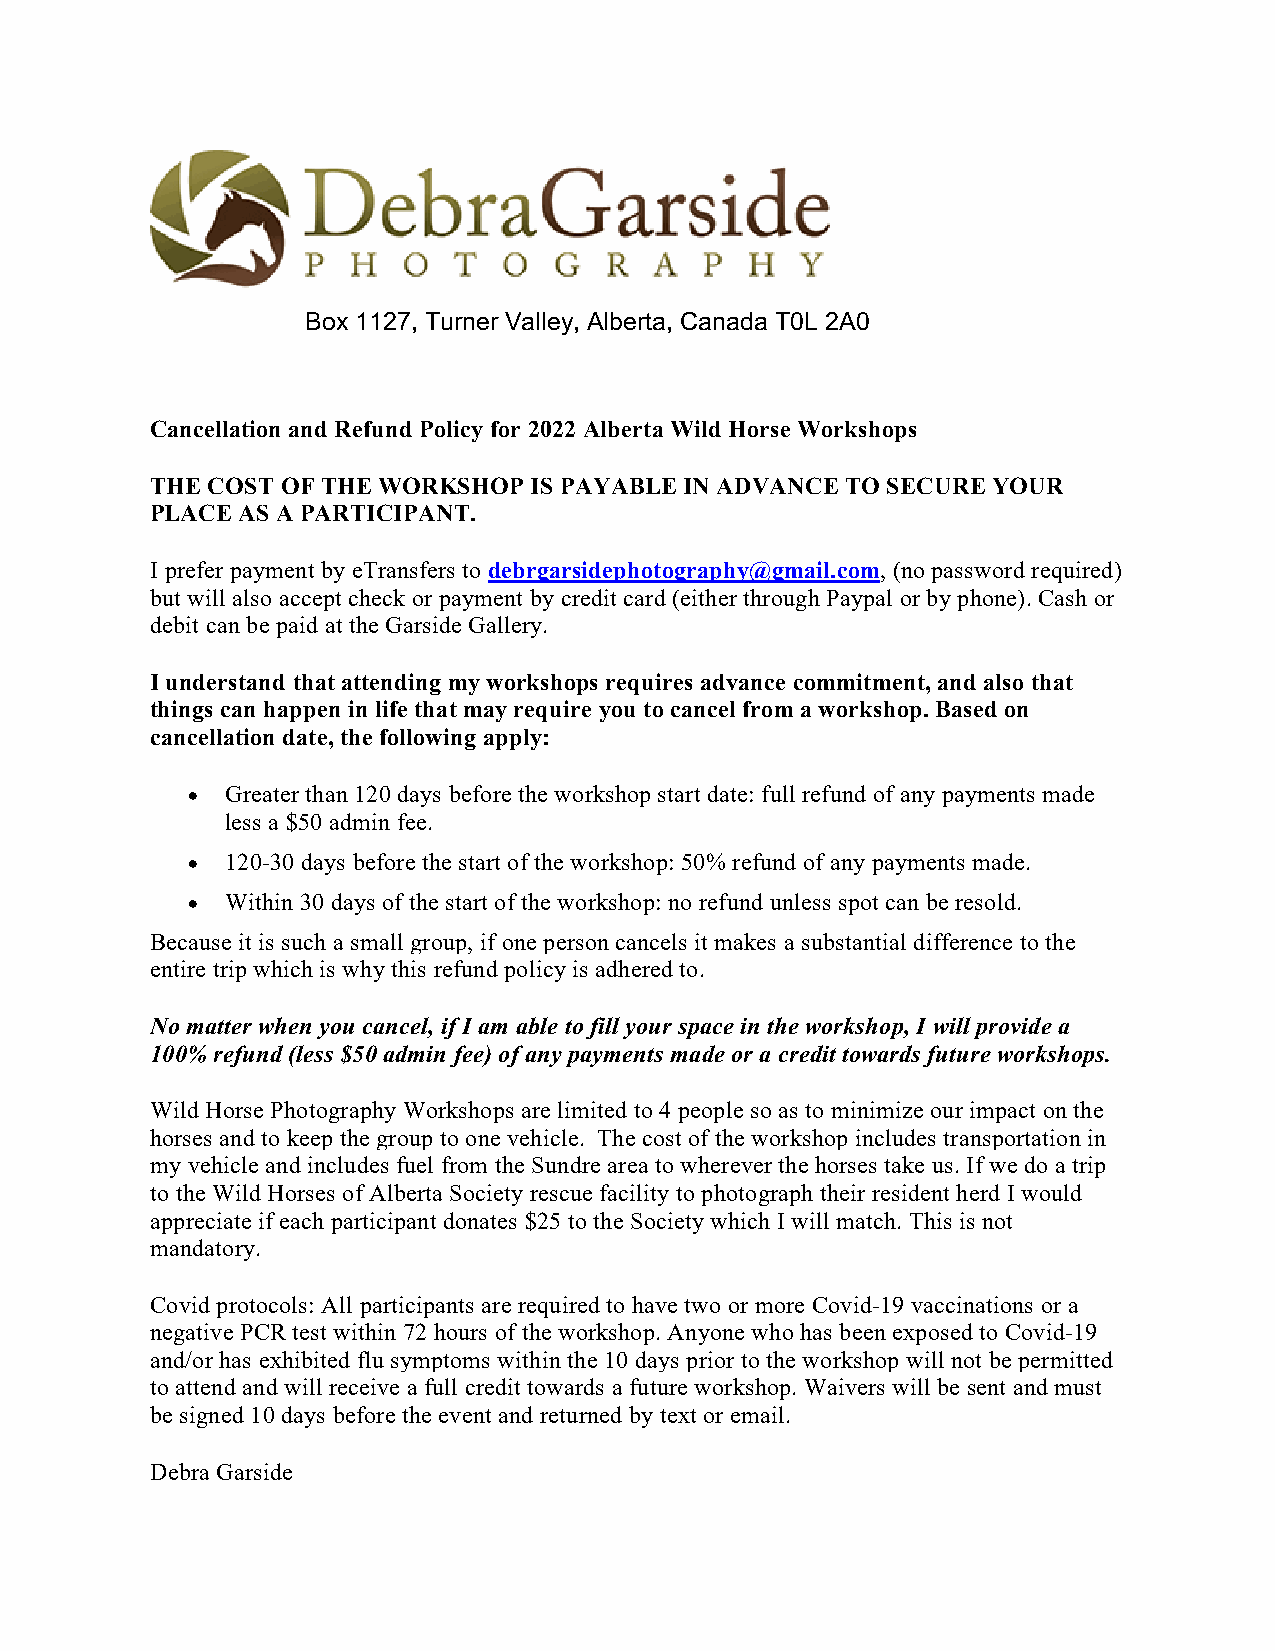
Box 1127, Turner Valley, Alberta, Canada T0L 2A0
 Cancellation and Refund Policy for 2022 Alberta Wild Horse Workshops
 THE COST OF THE WORKSHOP IS PAYABLE IN ADVANCE TO SECURE YOUR
 PLACE AS A PARTICIPANT.
 I prefer payment by eTransfers to debrgarsidephotography@gmail.com, (no password required)
 but will also accept check or payment by credit card (either through Paypal or by phone). Cash or
 debit can be paid at the Garside Gallery.
 I understand that attending my workshops requires advance commitment, and also that
 things can happen in life that may require you to cancel from a workshop. Based on
 cancellation date, the following apply:
 •  Greater than 120 days before the workshop start date: full refund of any payments made
 less a $50 admin fee.
 •  120-30 days before the start of the workshop: 50% refund of any payments made.
 •  Within 30 days of the start of the workshop: no refund unless spot can be resold.
 Because it is such a small group, if one person cancels it makes a substantial difference to the
 entire trip which is why this refund policy is adhered to.
 No matter when you cancel, if I am able to fill your space in the workshop, I will provide a
 100% refund (less $50 admin fee) of any payments made or a credit towards future workshops.
 Wild Horse Photography Workshops are limited to 4 people so as to minimize our impact on the
 horses and to keep the group to one vehicle. The cost of the workshop includes transportation in
 my vehicle and includes fuel from the Sundre area to wherever the horses take us. If we do a trip
 to the Wild Horses of Alberta Society rescue facility to photograph their resident herd I would
 appreciate if each participant donates $25 to the Society which I will match. This is not
 mandatory.
 Covid protocols: All participants are required to have two or more Covid-19 vaccinations or a
 negative PCR test within 72 hours of the workshop. Anyone who has been exposed to Covid-19
 and/or has exhibited flu symptoms within the 10 days prior to the workshop will not be permitted
 to attend and will receive a full credit towards a future workshop. Waivers will be sent and must
 be signed 10 days before the event and returned by text or email.
 Debra Garside